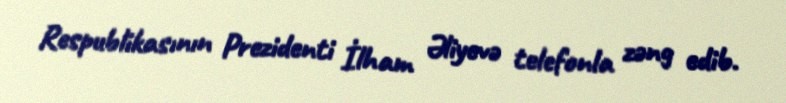
Respublikasının Prezidenti İlham Əliyevə telefonla zəng edib.